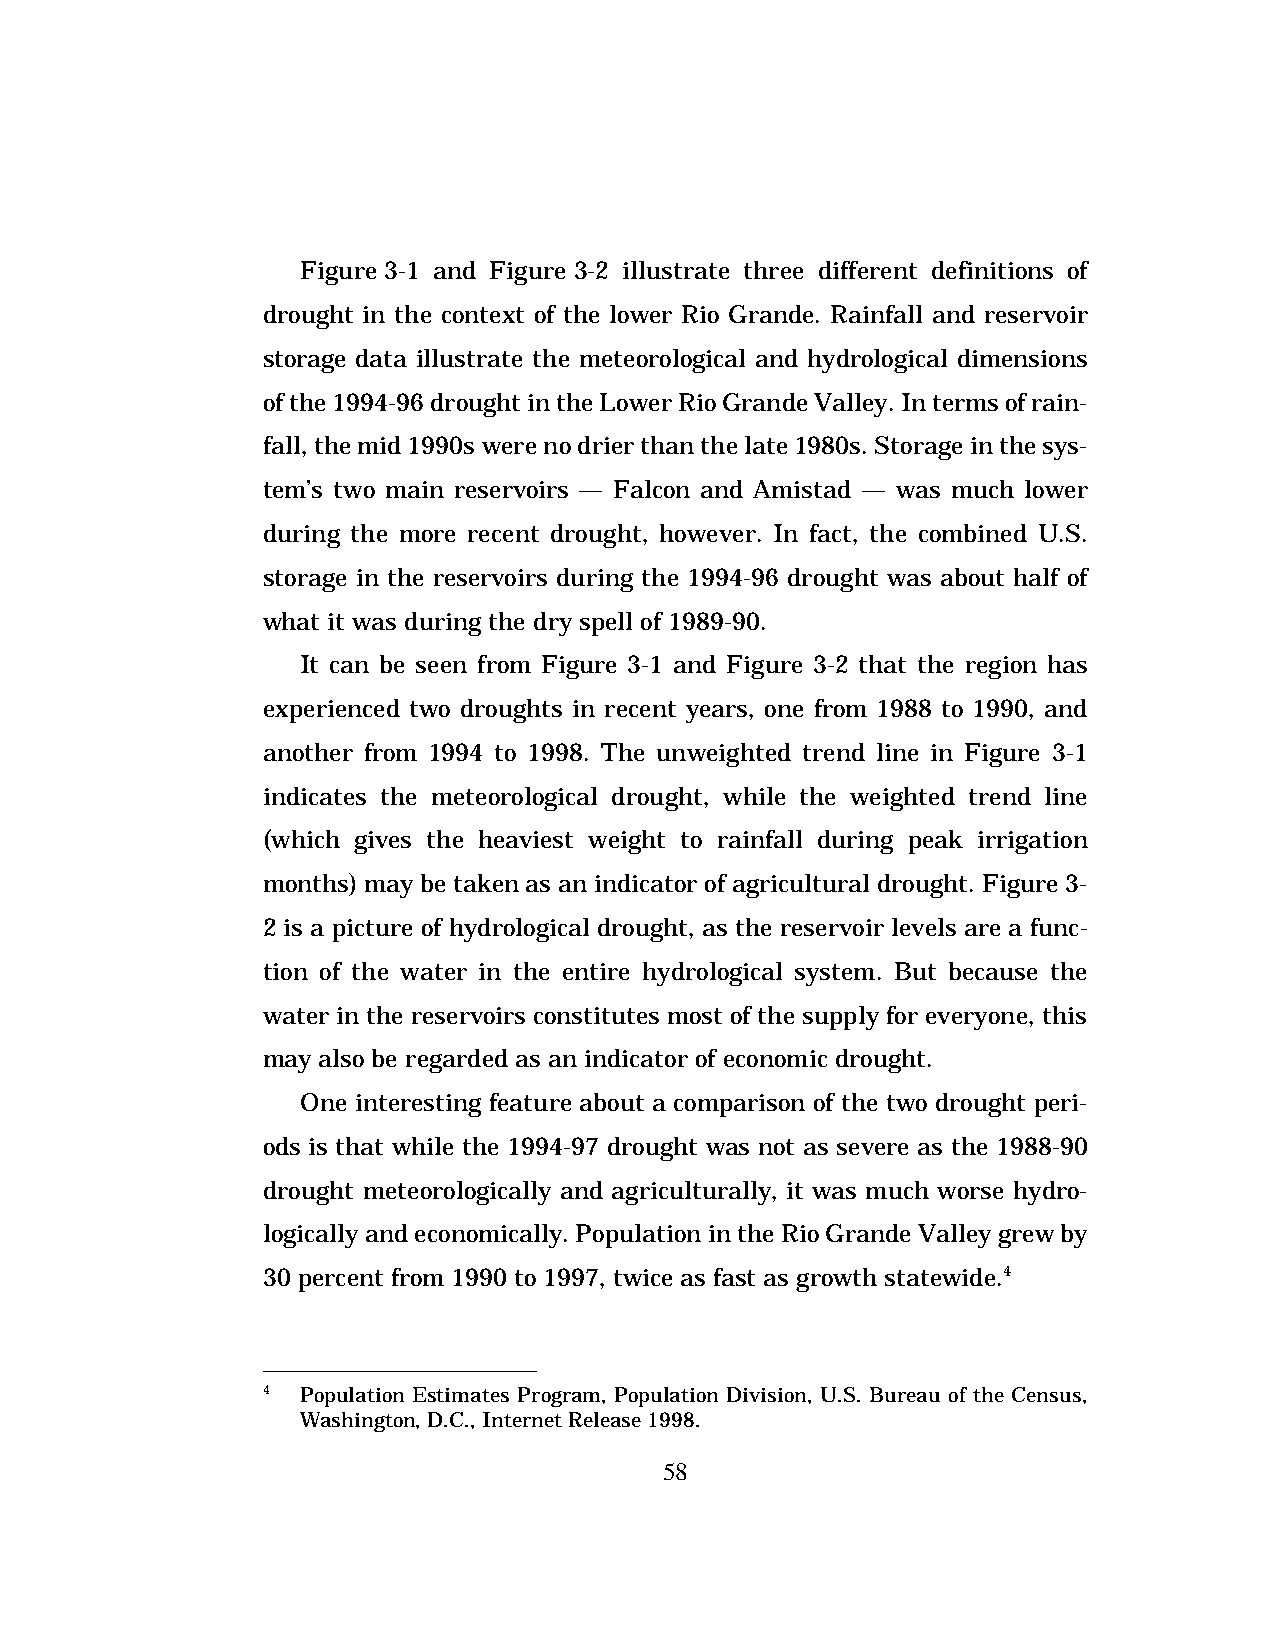
Figure 3-1 and Figure 3-2 illustrate three different definitions of
 drought in the context of the lower Rio Grande. Rainfall and reservoir
 storage data illustrate the meteorological and hydrological dimensions
 of the 1994-96 drought in the Lower Rio Grande Valley. In terms of rain-
 fall, the mid 1990s were no drier than the late 1980s. Storage in the sys-
 tem’s two main reservoirs — Falcon and Amistad — was much lower
 during the more recent drought, however. In fact, the combined U.S.
 storage in the reservoirs during the 1994-96 drought was about half of
 what it was during the dry spell of 1989-90.
 It can be seen from Figure 3-1 and Figure 3-2 that the region has
 experienced two droughts in recent years, one from 1988 to 1990, and
 another from 1994 to 1998. The unweighted trend line in Figure 3-1
 indicates the meteorological drought, while the weighted trend line
 (which gives the heaviest weight to rainfall during peak irrigation
 months) may be taken as an indicator of agricultural drought. Figure 3-
 2 is a picture of hydrological drought, as the reservoir levels are a func-
 tion of the water in the entire hydrological system. But because the
 water in the reservoirs constitutes most of the supply for everyone, this
 may also be regarded as an indicator of economic drought.
 One interesting feature about a comparison of the two drought peri-
 ods is that while the 1994-97 drought was not as severe as the 1988-90
 drought meteorologically and agriculturally, it was much worse hydro-
 logically and economically. Population in the Rio Grande Valley grew by
 30 percent from 1990 to 1997, twice as fast as growth statewide.4
 4  Population Estimates Program, Population Division, U.S. Bureau of the Census,
 Washington, D.C., Internet Release 1998.
 58